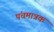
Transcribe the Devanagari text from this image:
पंचमात्रक